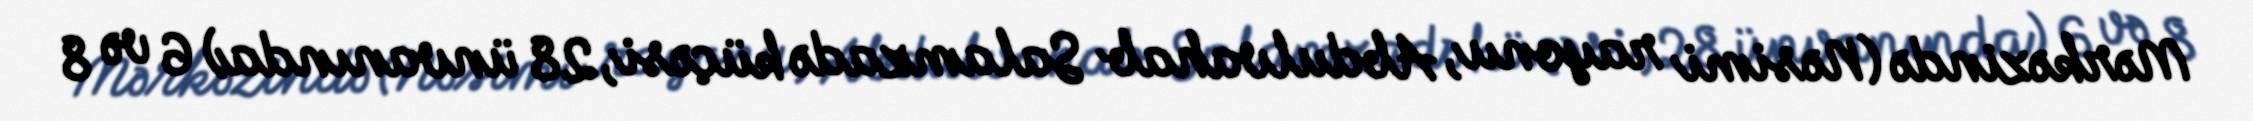
Mərkəzində (Nəsimi rayonu, Abdulvahab Salamzadə küçəsi, 28 ünvanında) 6 və 8